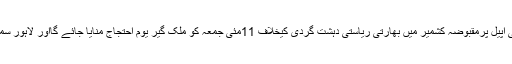
08 مئی2018ء) امیر جماعةالدعوة پاکستان پروفیسر حافظ محمد سعید کی اپیل پرمقبوضہ کشمیر میں بھارتی ریاستی دہشت گردی کیخلاف 11مئی جمعہ کو ملک گیر یوم احتجاج منایا جائے گااور لاہور سمیت چاروں صوبوں و آزاد کشمیر میں احتجاجی مظاہرے کئے جائیں گے۔